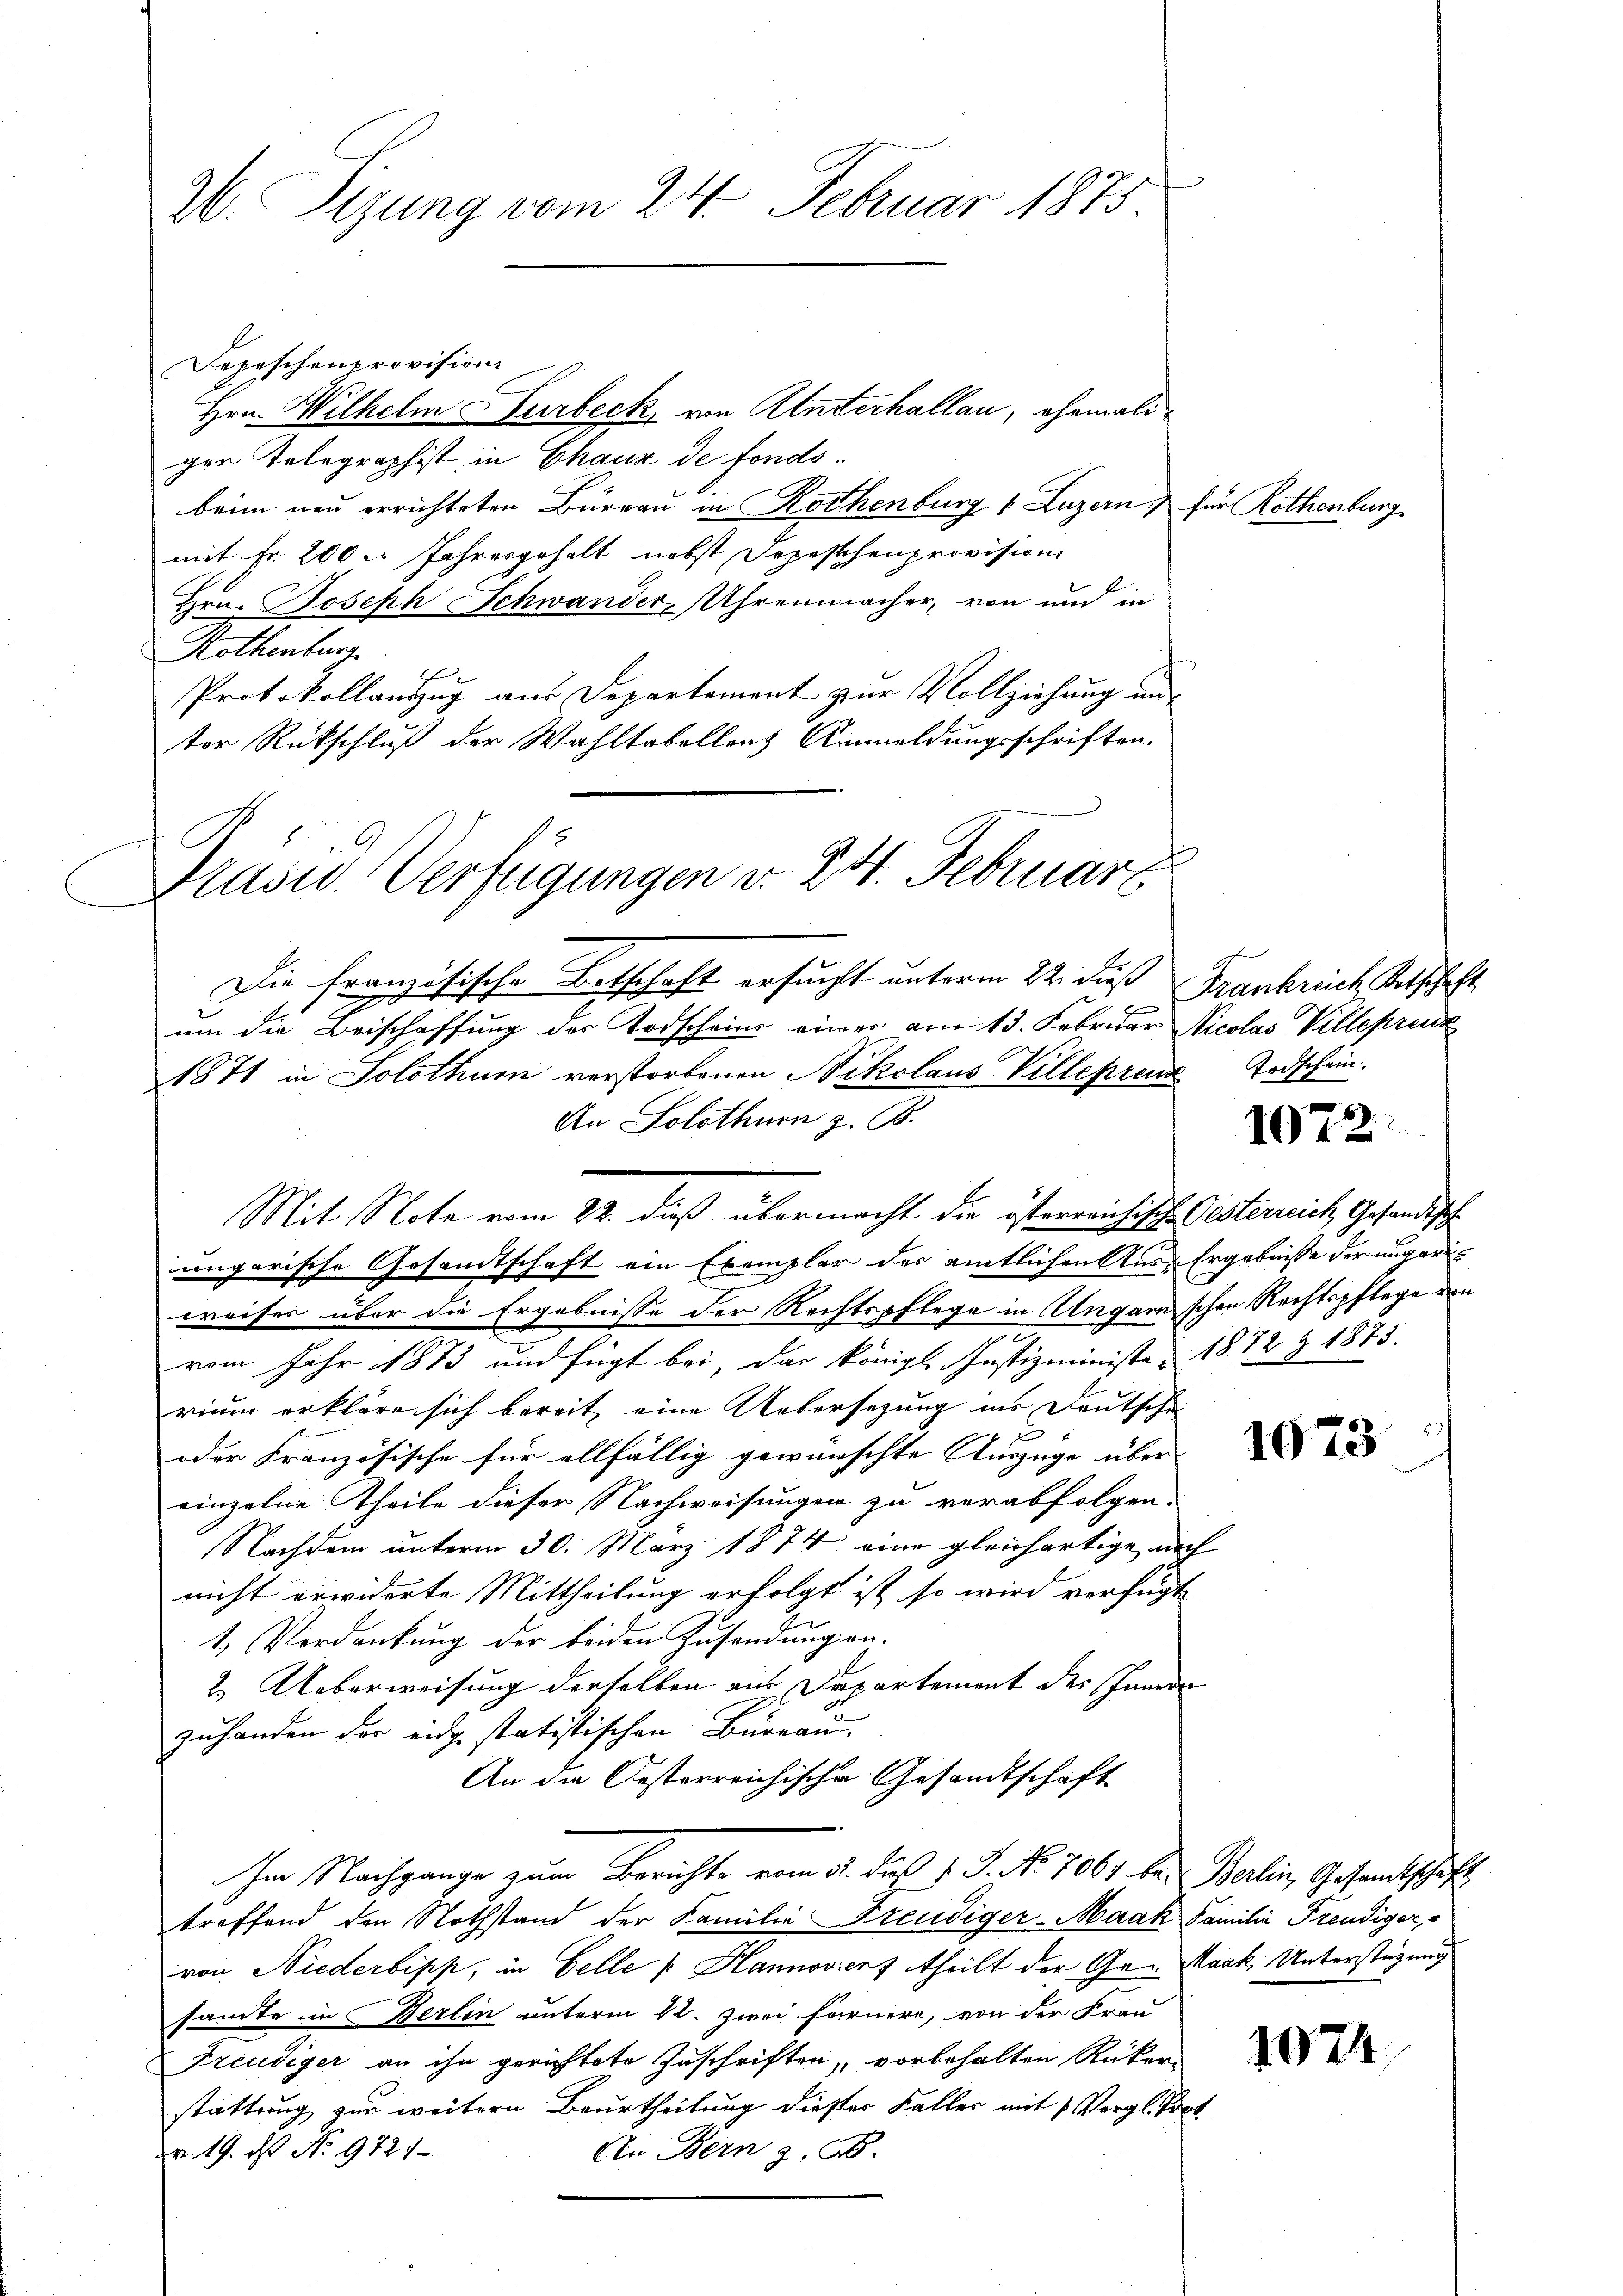
W. Sizung vom 24. Februar 1875.

Depeschenprovision.
Hrn. Wilhelm Surbeck, von Unterhallau, ehemaligen Telegraphist in Chaus de fondsbeim neu errichteten Büreau in Rothenburg 1. Luzern für Rothenburg
mit Fr. 200 er Jahresgehalt nebst Depeschenprovision
Hrn. Joseph Schwander, Uhrenmacher von und in
Rothenburg.
h
Protokollauszug aus Departement zur Vollziehung unter Rückschluß der Wahltabellenz Anmeldungsschriften.

s
Präsid. Verfügungen v. 24. Februar

Die französische Betschaft ersucht unterm 22. dieß Frankrich Betschaft
um die Beischaffung der Todscheins einer am 13. Februar Nicolas Villeprenz
1871 in Solothurn verstorbenen Nikolaus Villeprend Todschein.
An Solothurn z. B.

Mit Note vom 22. dieß übermacht die österreichisch-Oesterreich, Gesandtschungarische Gesandtschaft ein Exemplar des amtlichen Aus-Ergebnisse der ungariweises über die Ergebnisse der Rechtspflege in Ungarnschen Rechtspflege von
vom Jahr 1873 und fügt bei, das königl. Justizministe 1872 & 1875.
rium erkläre sich bereit, eine Uebersezung ins Deutschi
oder Französische für allfällig gewünschte Auszüge über
einzelne Theile dieser Nachweisungen zu verabfolgen.
Nachdem unterm 30. März 1874 eine gleichartige nach
nicht erwiderte Mittheilung erfolgt ist, so wird verfügt
1) Verdankung der beiden Zusendungen-
2.) Ueberweisung derselben aus Departement des Innern
zuhanden der eidge statistischen Bureau.
An die Oesterreichische Gesandtschaft
Im Nachgange zum Berichte vom 31. Fuß v. J. No 7061 bei Berlin, Gesandtschaft
treffend den Nothstand der Familie Freudiger-Maak Familie Freudiger,
von Niederbipp, in Felle : Hannovers theilt der Ge- Mark, Unterstützung
sante in Berlin unterm 22. Zwei fernere, von der Frau
Freudiger an ihn gerichtete Zuschriften, vorbehalten Rücker-
stattung zur weitern Beurtheilung dieser Kaller mit 1 Vergl. Prot
Nr. 19. N. No 972/
An Bern z. B.

e

1072.

1673

1074.